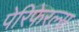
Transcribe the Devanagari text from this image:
पेरिफेरल्स